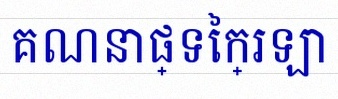
គណនាផ្ទៃក្រឡា